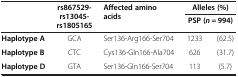
<table><thead><tr><td rowspan="2"><b> </b></td><td rowspan="2"><b>rs867529-rs13045-rs1805165</b></td><td rowspan="2"><b>Affected amino acids</b></td><td colspan="2"><b>Alleles (%)</b></td></tr><tr><td colspan="2"><b>PSP (<i>n</i> = 994)</b></td></tr></thead><tbody><tr><td><b>Haplotype A</b></td><td>GCA</td><td>Ser136-Arg166-Ser704</td><td>1233</td><td>(62.5)</td></tr><tr><td><b>Haplotype B</b></td><td>CTC</td><td>Cys136-Gln166-Ala704</td><td>626</td><td>(31.7)</td></tr><tr><td><b>Haplotype D</b></td><td>GTA</td><td>Ser136-Gln166-Ser704</td><td>113</td><td>(5.7)</td></tr></tbody></table>